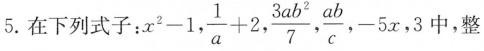
5.在下列式子：$$x ^ { 2 } - 1$$，$$\frac { 1 } { a } + 2$$，$$\frac { 3 a b } { 7 }$$，\frac{ab}{c}，$$- 5 x$$，3中，整